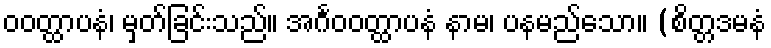
ဝဝတ္ထာပနံ၊ မှတ်ခြင်းသည်။ အင်္ဂဝဝတ္ထာပနံ နာမ၊ ပနမည်သော။ (စိတ္တဒမနံ